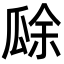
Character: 𤬀